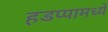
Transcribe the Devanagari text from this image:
हडप्पामध्ये